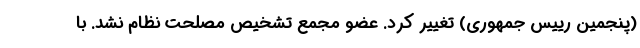
(پنجمین رییس جمهوری) تغییر کرد. عضو مجمع تشخیص مصلحت نظام نشد. با